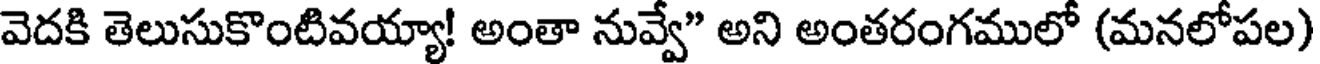
వెదకి తెలుసుకొంటివయ్యా! అంతా నువ్వే" అని అంతరంగములో (మనలోపల)